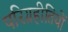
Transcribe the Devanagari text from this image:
परिग्रहीतियों